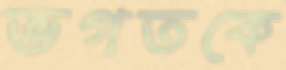
ভগতকে